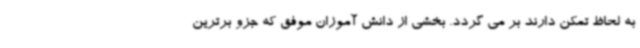
به لحاظ تمکن دارند بر می گردد. بخشی از دانش آموزان موفق که جزو برترین